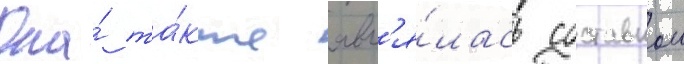
Она́ та́кже явл'я́лась составнои